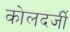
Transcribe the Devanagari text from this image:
कोलदर्जी